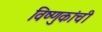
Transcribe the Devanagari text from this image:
विष्णुकांची